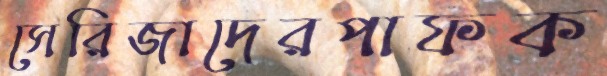
সেরিজাদেরপাফক